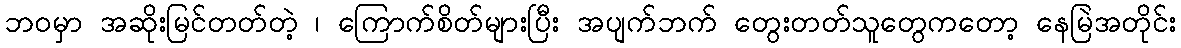
ဘဝမှာ အဆိုးမြင်တတ်တဲ့ ၊ ကြောက်စိတ်များပြီး အပျက်ဘက် တွေးတတ်သူတွေကတော့ နေမြဲအတိုင်း